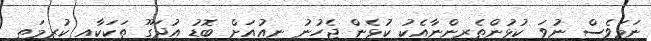
ނަމަވެސް ނުވަ ކުޅުންތެރިންނާއެކު ކުޅެން ޖެހުނު ނިއުއަށް ބޮޑު އުދަގޫ ތަކަކާއި ކުރިމަތި